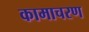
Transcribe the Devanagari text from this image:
कामाचरण